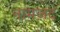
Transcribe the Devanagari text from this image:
नामज़द